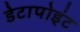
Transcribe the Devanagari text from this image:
डेटापोइंट